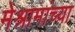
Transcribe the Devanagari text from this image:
मेश्रामांच्या